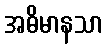
အဓိမာနသာ